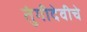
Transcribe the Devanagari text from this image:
तुंगीदेवीचे